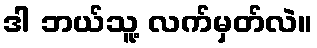
ဒါ ဘယ်သူ့ လက်မှတ်လဲ။